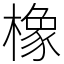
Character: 橡